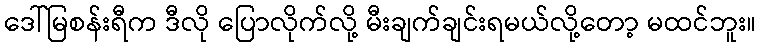
ဒေါ်မြစန်းရီက ဒီလို ပြောလိုက်လို့ မီးချက်ချင်းရမယ်လို့တော့ မထင်ဘူး။